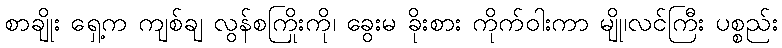
စာချိုး ရှေ့က ကျစ်ချ လွန်စကြိုးကို၊ ခွေးမ ခိုးစား ကိုက်ဝါးကာ မျို၊လင်ကြီး ပစ္စည်း